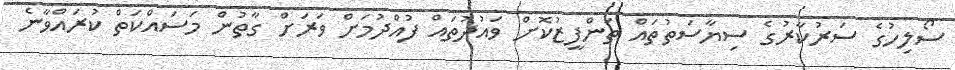
ސޯލިހުގެ ސަރުކާރުގެ ސިޔާސަތުތައް ތަންފީޒުކޮށް ވައުދުތައް ފުއްދުމަށް ވަރަށް ގާތުން މަސައްކަތް ކުރައްވާނެ